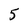
Character: 5